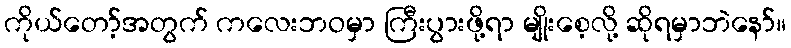
ကိုယ်တော့်အတွက် ကလေးဘဝမှာ ကြီးပွားဖို့ရာ မျိုးစေ့လို့ ဆိုရမှာဘဲနော်။